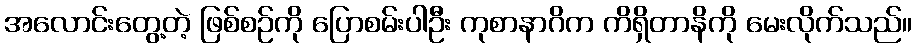
အလောင်းတွေ့တဲ့ ဖြစ်စဉ်ကို ပြောစမ်းပါဦး ကုစာနာဂိက ကိရှိတာနိကို မေးလိုက်သည်။